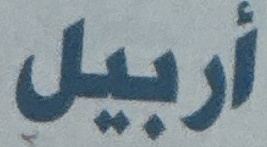
أربيل